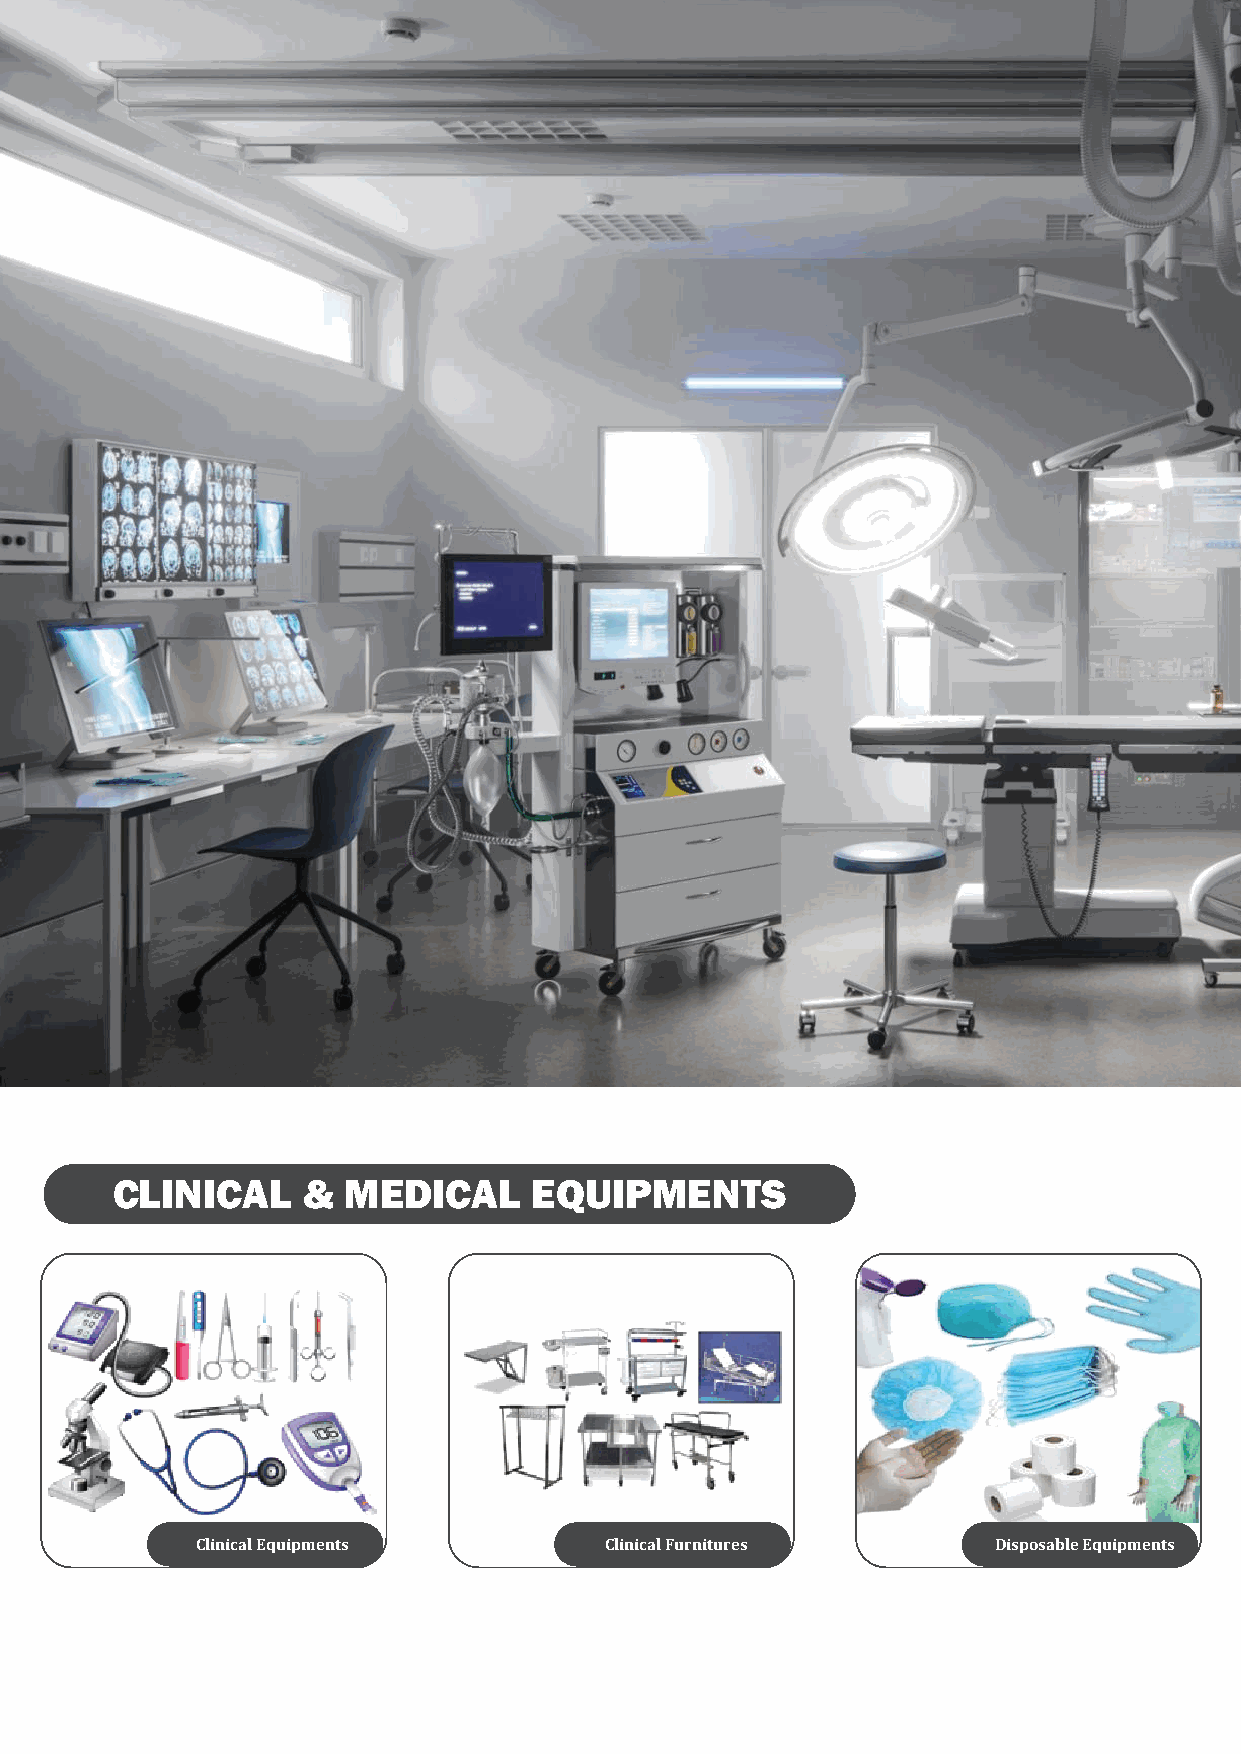
23
 CLINICAL     &  MEDICAL     EQUIPMENTS
 Clinical Equipments        Clinical Furnitures       Disposable Equipments